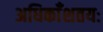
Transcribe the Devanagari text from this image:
अधिकाँशतयः